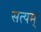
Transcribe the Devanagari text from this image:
सत्‍यम्